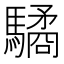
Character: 驈